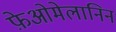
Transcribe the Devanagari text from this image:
फ़ेओमेलानिन